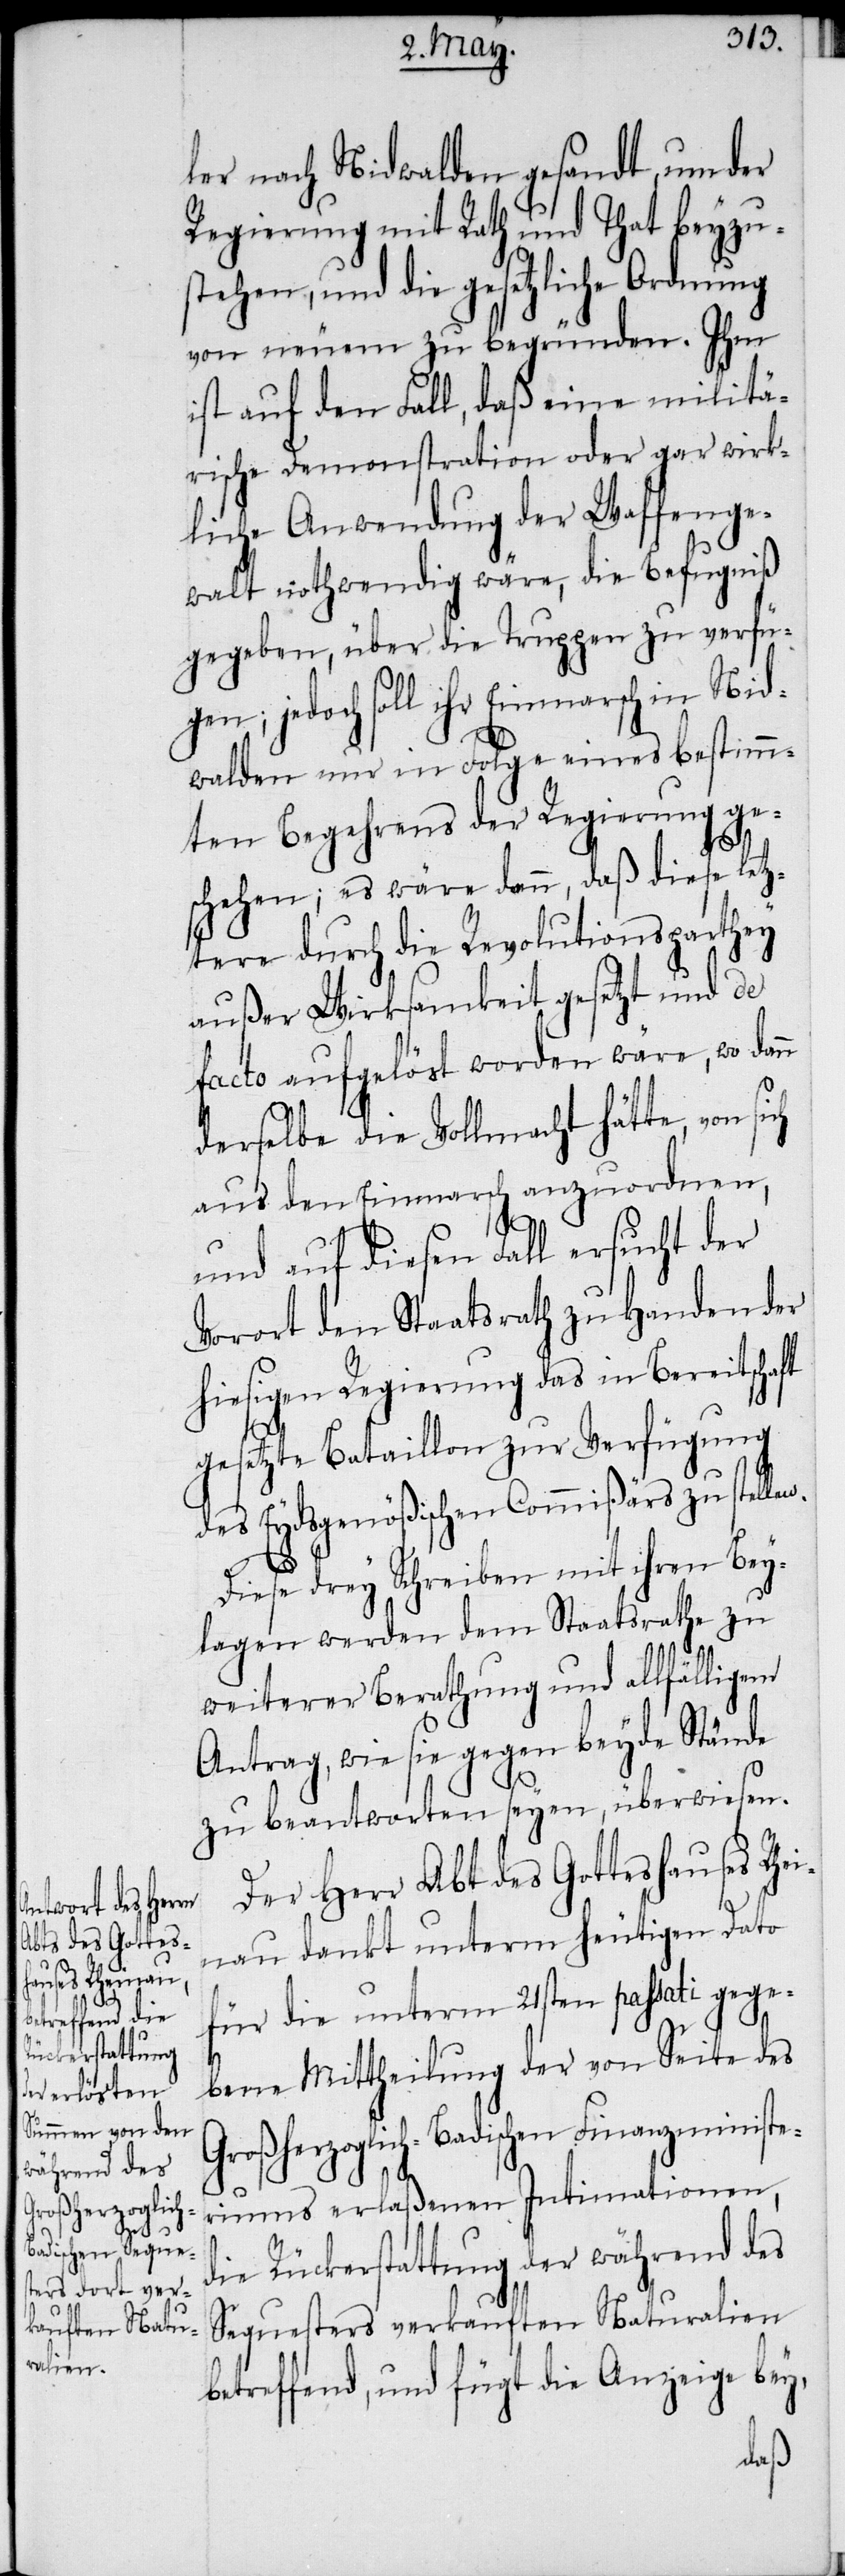
n.

ler nach Nidwalden gesandt, um der
Regierung mit Rath und That beyzu¬
stehen, und die gesetzliche Ordnung
von neuem zu begründen. Ihm
ist auf den Fall, daß eine militä¬
rische Demonstration oder gar wirk¬
liche Anwendung der Waffenge¬
walt nothwendig wäre, die Befugniß
gegeben, über die Truppen zu verfü¬
gen; jedoch soll ihr Einmarsch in Nid¬
walden nur in Folge eines bestimm¬
ten Begehrens der Regierung ge¬
schehen; es wäre dann, daß diese letz¬
tere durch die Revolutionsparthey
außer Wirksamkeit gesetzt und de
facto aufgelöst worden wäre, wo dan¬
derselbe die Vollmacht hätte, von
aus den Einmarsch anzuordnen,
und auf diesen Fall ersucht der
Vorort den Staatsrath zu Handen der
hiesigen Regierung das in Bereitschaft
gesetzte Bataillon zur Verfügung
des Eydsgenößischen Commißärs zu stelle¬
Diese drey Schreiben mit ihren Bey¬
lagen werden dem Staatsrathe zu
weiterer Berathung und allfälligem
Antrag, wie sie gegen beyde Stände
zu beantworten seyen, überwiesen.
Der Herr Abt des Gotteshauses Rhe¬
inau dankt unterm heutigen Dato
für die unterm 21sten passati gege¬
bene Mittheilung der von Seite des
Großherzoglich-Badischen Finanzministe¬
riums erlaßenen Intimationen,
die Rückerstattung der während des
Sequesters verkauften Naturalien
betreffend, und fügt die Anzeige bey,